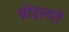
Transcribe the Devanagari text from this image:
ब्रोइलरों